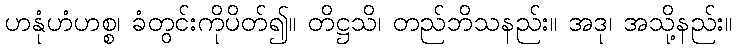
ဟနုံဟံဟစ္စ၊ ခံတွင်းကိုပိတ်၍။ တိဋ္ဌသိ၊ တည်ဘိသနည်း။ အဒု၊ အသို့နည်း။